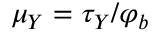
\mu _ { Y } = \tau _ { Y } / \varphi _ { b }